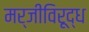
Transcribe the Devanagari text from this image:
मर्जीविरूद्ध